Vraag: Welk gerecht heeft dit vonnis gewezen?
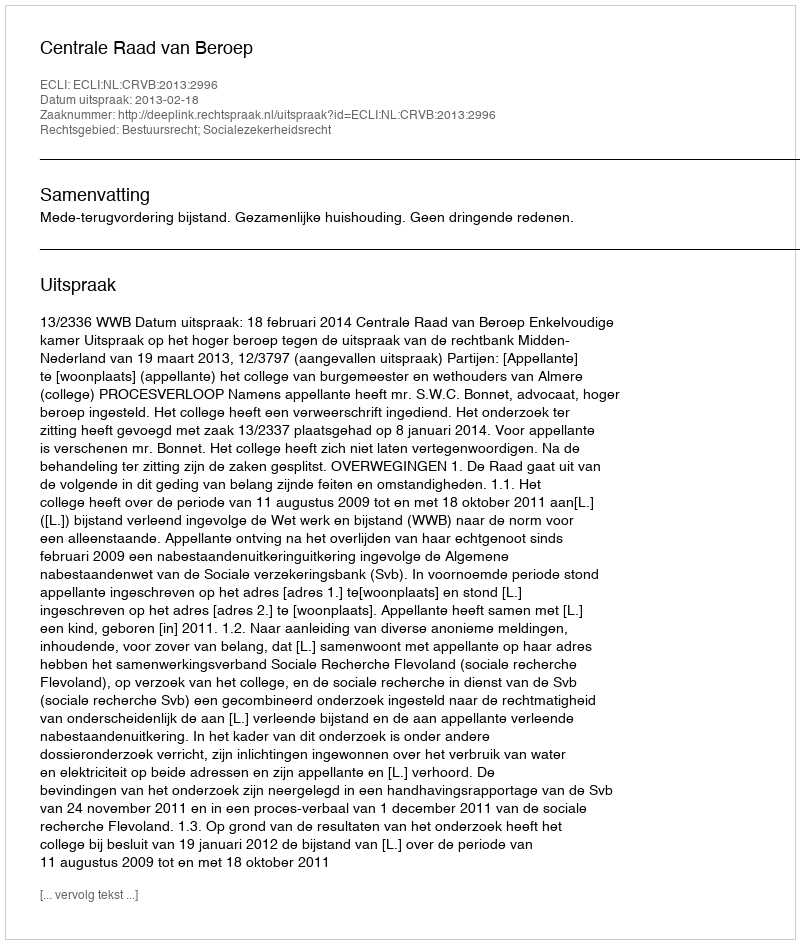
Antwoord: Centrale Raad van Beroep